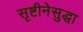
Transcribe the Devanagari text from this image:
सृष्टीनेसुद्धा